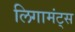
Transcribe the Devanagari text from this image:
लिगामंट्स